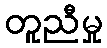
တူညီမှု